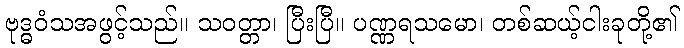
ဗုဒ္ဓဝံသအဖွင့်သည်။ သဝတ္တာ၊ ပြီးပြီ။ ပဏ္ဏရသမော၊ တစ်ဆယ့်ငါးခုတို့၏